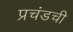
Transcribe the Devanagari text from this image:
प्रचंडची